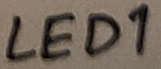
Text: LED1